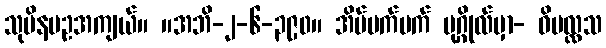
သုပိနပဥအကျယ်။ ။အဘိ-၂-၆-၃၉၀။ အိပ်မက်မက် ပုဂ္ဂိုလ်မှာ- ဝိပလ္လသ